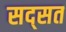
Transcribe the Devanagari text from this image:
सद्सत